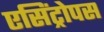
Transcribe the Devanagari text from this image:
एसिंट्रोपस